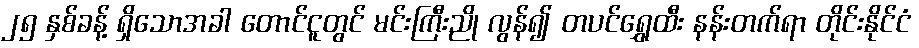
၂၅ နှစ်ခန့် ရှိသောအခါ တောင်ငူတွင် မင်းကြီးညို လွန်၍ တပင်ရွှေထီး နန်းတက်ရာ တိုင်းနိုင်ငံ